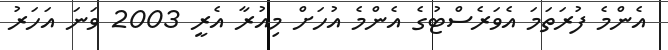
އެންމެ ފުރަތަމަ އެވަރެސްޓުގެ އެންމެ އުހަށް މިއުރާ އެރީ 2003 ވަނަ އަހަރު